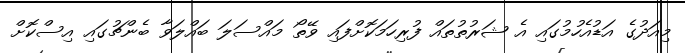
މިއަދުގެ އަޑުއެހުމުގައި އެ ޝަރުތުތައް ފުރިހަމަކޮށްފައި ވޭތޯ މައްސަލަ ބައްލަވާ ބެންޗުގައި އިސްކޮށް